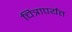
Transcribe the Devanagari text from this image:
चित्रापर्यंत